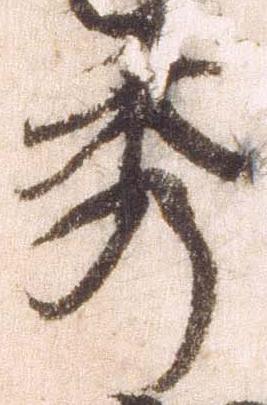
秀